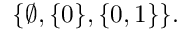
\{ \varnothing , \{ 0 \} , \{ 0 , 1 \} \} .